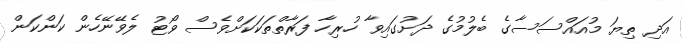
އަދި ތިޔަ މުއައްސަސާގެ ބެލުމުގެ ދަށުގައިވާ ހުރިހާ ފަރާތްތަކަކަށްވެސް ވޯޓު ލެވޭނޭހެން ކަންކަން